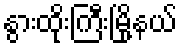
နွားထိုးကြီးမြို့နယ်